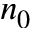
n _ { 0 }